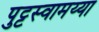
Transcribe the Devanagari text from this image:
पुट्टस्वामय्या